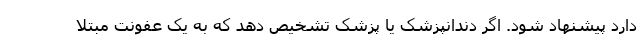
دارد پیشنهاد شود. اگر دندانپزشک یا پزشک تشخیص دهد که به یک عفونت مبتلا